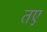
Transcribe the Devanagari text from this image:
तए